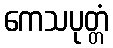
ကေသပုတ္တံ